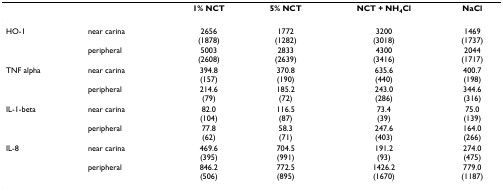
|  |  | 1% NCT | 5% NCT | NCT + NH4Cl | NaCl |
 | --- | --- | --- | --- | --- | --- |
 | HO-1 | near carina | 2656(1878) | 1772(1282) | 3200(3018) | 1469(1737) |
 |  | peripheral | 5003(2608) | 2833(2639) | 4300(3416) | 2044(1717) |
 | TNF alpha | near carina | 394.8(157) | 370.8(190) | 635.6(440) | 400.7(198) |
 |  | peripheral | 214.6(79) | 185.2(72) | 243.0(286) | 344.6(316) |
 | IL-1-beta | near carina | 82.0(104) | 116.5(87) | 73.4(39) | 75.0(139) |
 |  | peripheral | 77.8(62) | 58.3(71) | 247.6(403) | 164.0(266) |
 | IL-8 | near carina | 469.6(395) | 704.5(991) | 191.2(93) | 274.0(475) |
 |  | peripheral | 846.2(506) | 772.5(895) | 1426.2(1670) | 779.0(1187) |